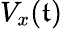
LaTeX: V_{x}(\mathfrak{t})